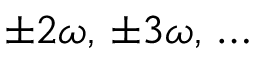
\pm 2 \omega , \, \pm 3 \omega , \, \ldots